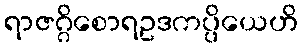
ရာဇဂ္ဂိစောရဥဒကပ္ပိယေဟိ